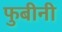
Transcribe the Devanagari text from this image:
फुबीनी